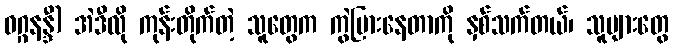
ဝဂ္ဂနန္ဒီ) အဲဒီလို ကုန်းတိုက်တဲ့ သူတွေက ကွဲပြားနေတာကို နှစ်သက်တယ်၊ သူများတွေ